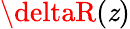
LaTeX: \deltaR(\mathit{z})